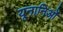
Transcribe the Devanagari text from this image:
यूनानिओं